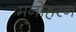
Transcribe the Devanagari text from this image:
मनोहरन